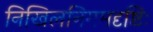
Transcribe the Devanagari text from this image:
निखिलनिगमदृष्टिः